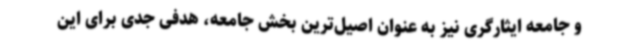
و جامعه ایثارگری نیز به عنوان اصیل‌ترین بخش جامعه، هدفی جدی برای این